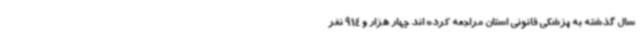
سال گذشته به پزشکی قانونی استان مراجعه کرده اند چهار هزار و 914 نفر